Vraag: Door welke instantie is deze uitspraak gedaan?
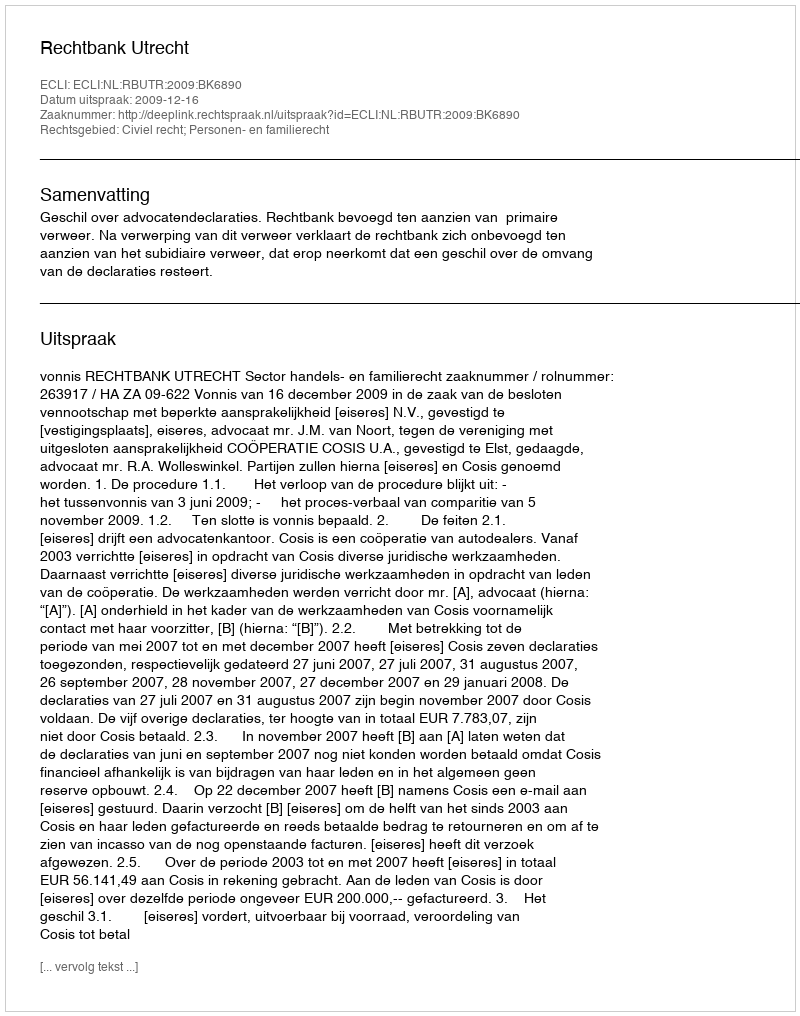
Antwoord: Rechtbank Utrecht